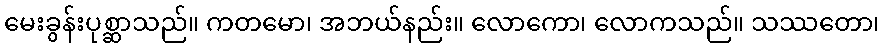
မေးခွန်းပုစ္ဆာသည်။ ကတမော၊ အဘယ်နည်း။ လောကော၊ လောကသည်။ သဿတော၊